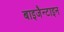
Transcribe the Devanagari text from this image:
बाइजैन्टाइन